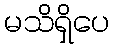
မသိရှိပေ